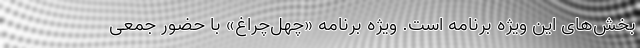
بخش‌های این ویژه برنامه است. ‌ویژه برنامه «چهل‌چراغ» با حضور جمعی